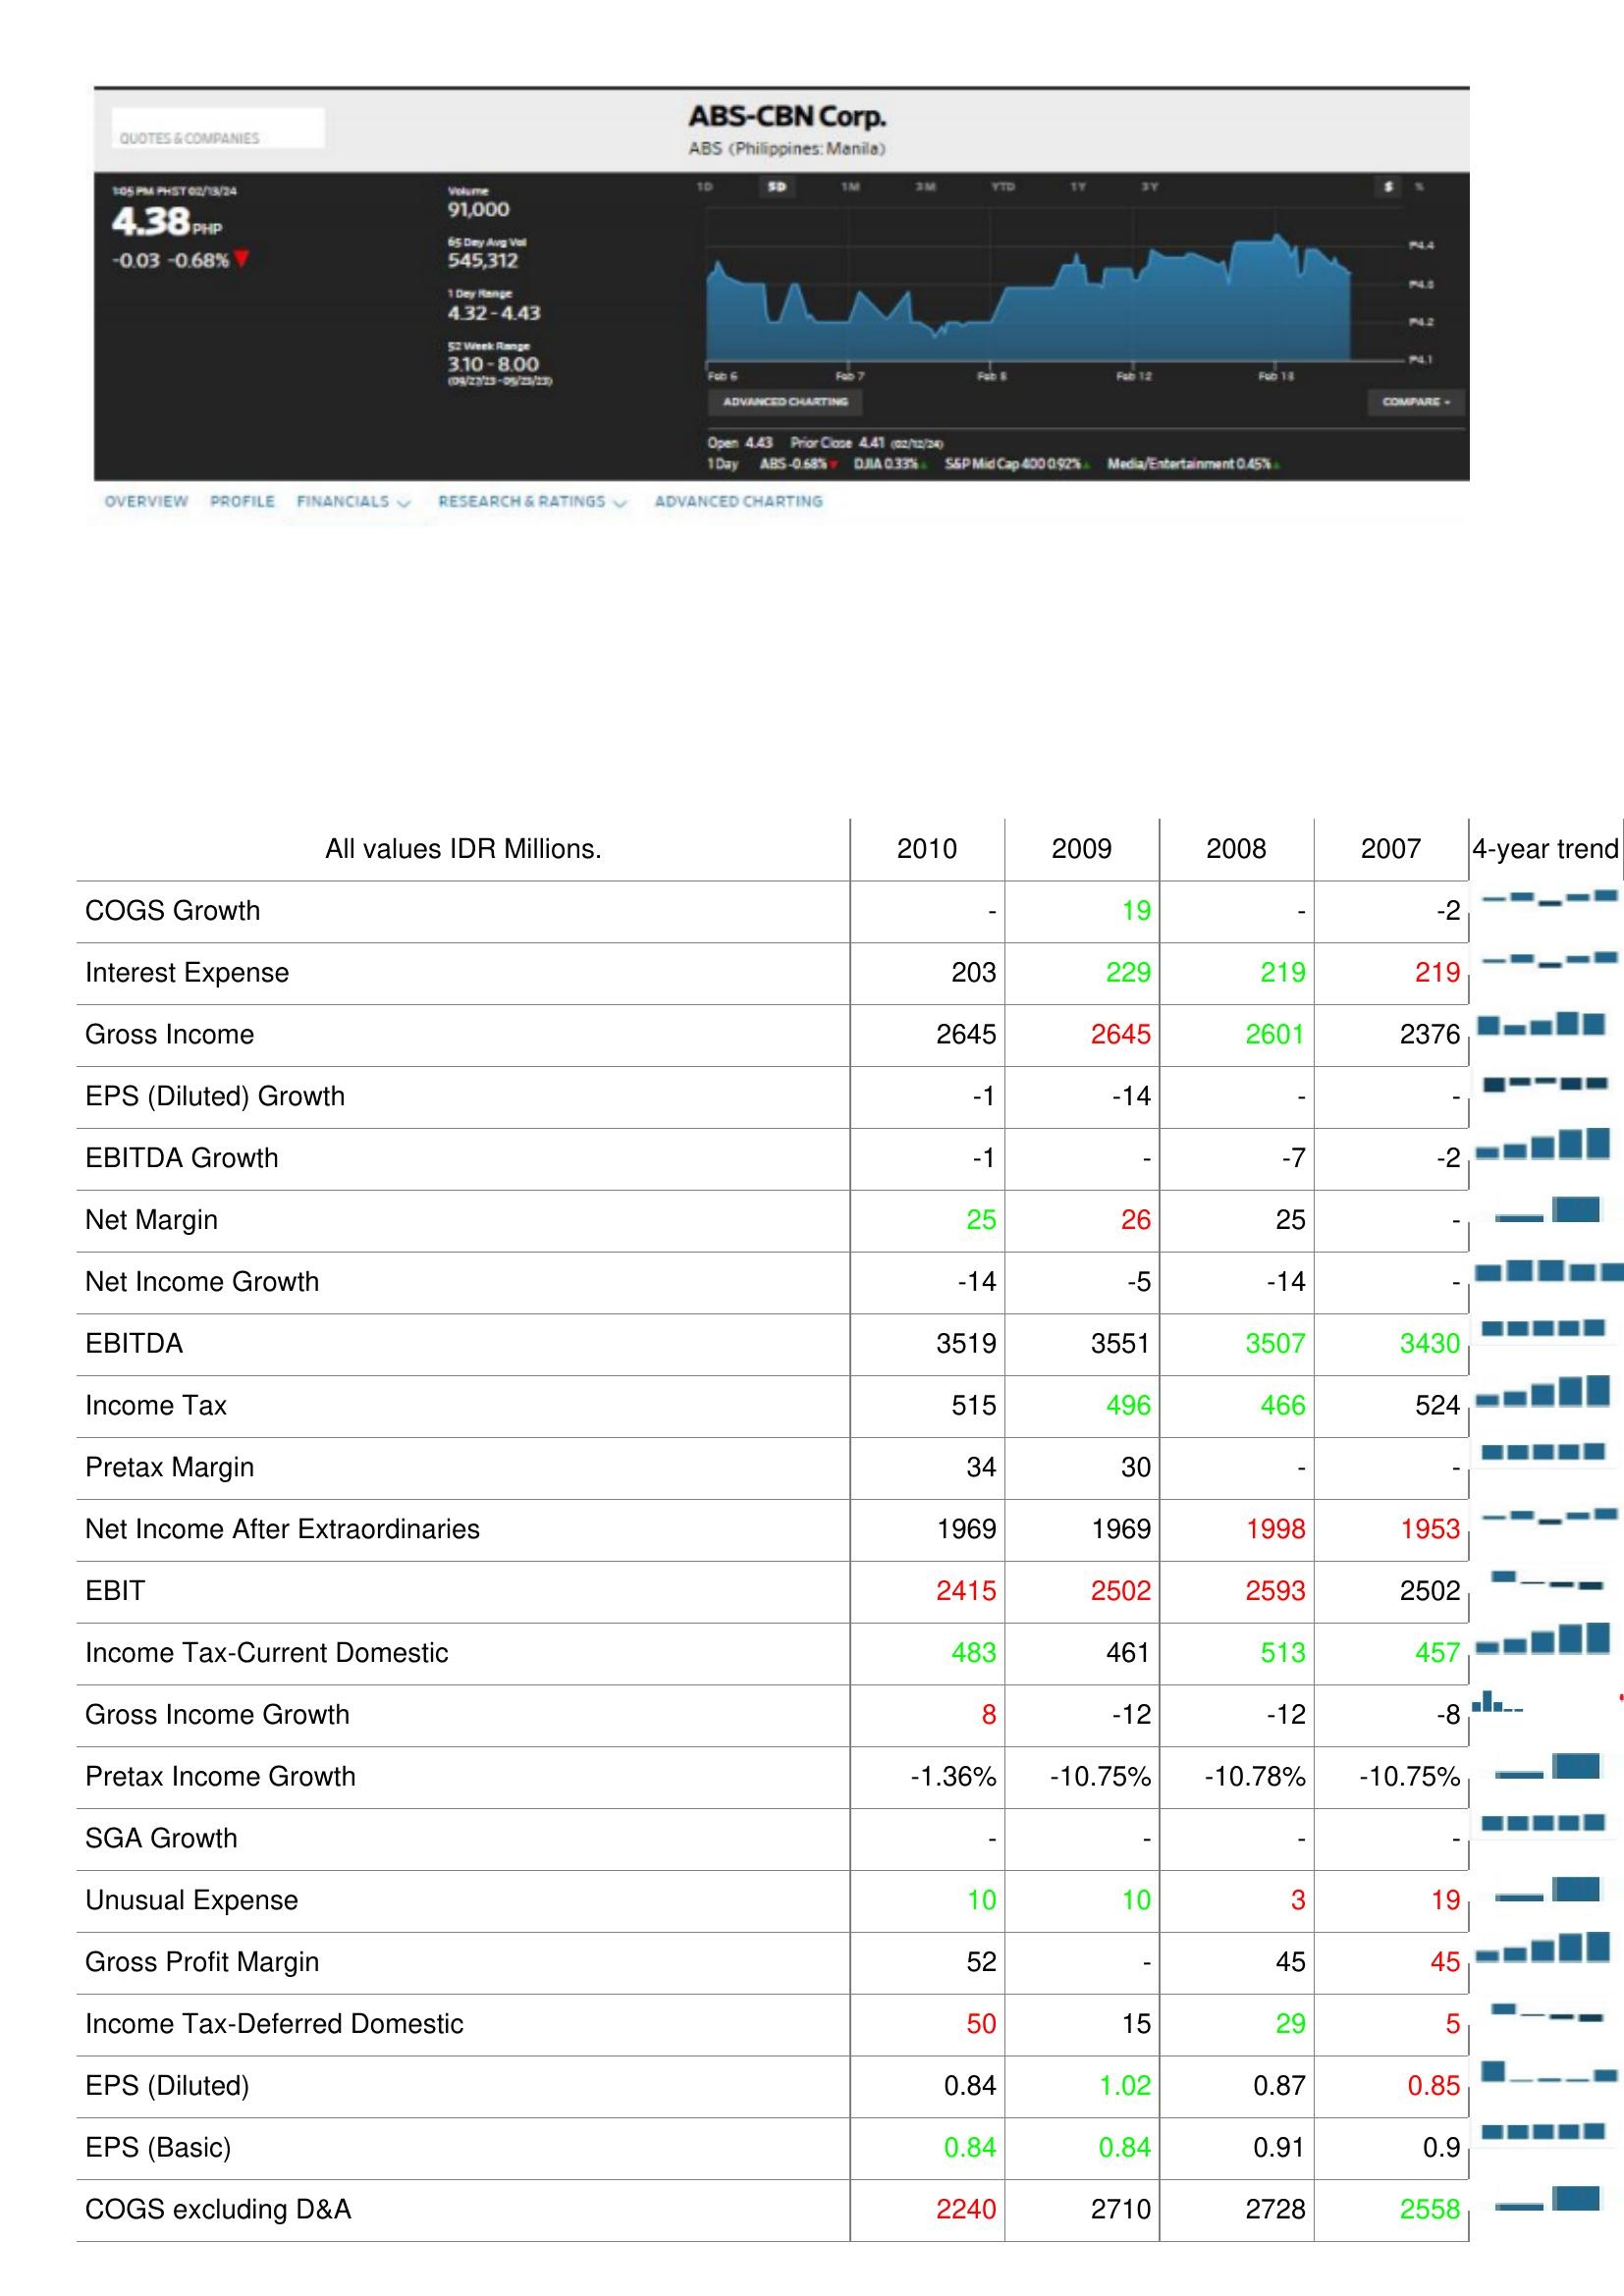
2010: : COGS Growth: -
Interest Expense: 203
Gross Income: 2645
EPS (Diluted) Growth: -1
EBITDA Growth: -1
Net Margin: 25
Net Income Growth: -14
EBITDA: 3519
Income Tax: 515
Pretax Margin: 34
Net Income After Extraordinaries: 1969
EBIT: 2415
Income Tax-Current Domestic: 483
Gross Income Growth: 8
Pretax Income Growth: -1.36%
SGA Growth: -
Unusual Expense: 10
Gross Profit Margin: 52
Income Tax-Deferred Domestic: 50
EPS (Diluted): 0.84
EPS (Basic): 0.84
COGS excluding D&A: 2240
2009: : COGS Growth: 19
Interest Expense: 229
Gross Income: 2645
EPS (Diluted) Growth: -14
EBITDA Growth: -
Net Margin: 26
Net Income Growth: -5
EBITDA: 3551
Income Tax: 496
Pretax Margin: 30
Net Income After Extraordinaries: 1969
EBIT: 2502
Income Tax-Current Domestic: 461
Gross Income Growth: -12
Pretax Income Growth: -10.75%
SGA Growth: -
Unusual Expense: 10
Gross Profit Margin: -
Income Tax-Deferred Domestic: 15
EPS (Diluted): 1.02
EPS (Basic): 0.84
COGS excluding D&A: 2710
2008: : COGS Growth: -
Interest Expense: 219
Gross Income: 2601
EPS (Diluted) Growth: -
EBITDA Growth: -7
Net Margin: 25
Net Income Growth: -14
EBITDA: 3507
Income Tax: 466
Pretax Margin: -
Net Income After Extraordinaries: 1998
EBIT: 2593
Income Tax-Current Domestic: 513
Gross Income Growth: -12
Pretax Income Growth: -10.78%
SGA Growth: -
Unusual Expense: 3
Gross Profit Margin: 45
Income Tax-Deferred Domestic: 29
EPS (Diluted): 0.87
EPS (Basic): 0.91
COGS excluding D&A: 2728
2007: : COGS Growth: -2
Interest Expense: 219
Gross Income: 2376
EPS (Diluted) Growth: -
EBITDA Growth: -2
Net Margin: -
Net Income Growth: -
EBITDA: 3430
Income Tax: 524
Pretax Margin: -
Net Income After Extraordinaries: 1953
EBIT: 2502
Income Tax-Current Domestic: 457
Gross Income Growth: -8
Pretax Income Growth: -10.75%
SGA Growth: -
Unusual Expense: 19
Gross Profit Margin: 45
Income Tax-Deferred Domestic: 5
EPS (Diluted): 0.85
EPS (Basic): 0.9
COGS excluding D&A: 2558